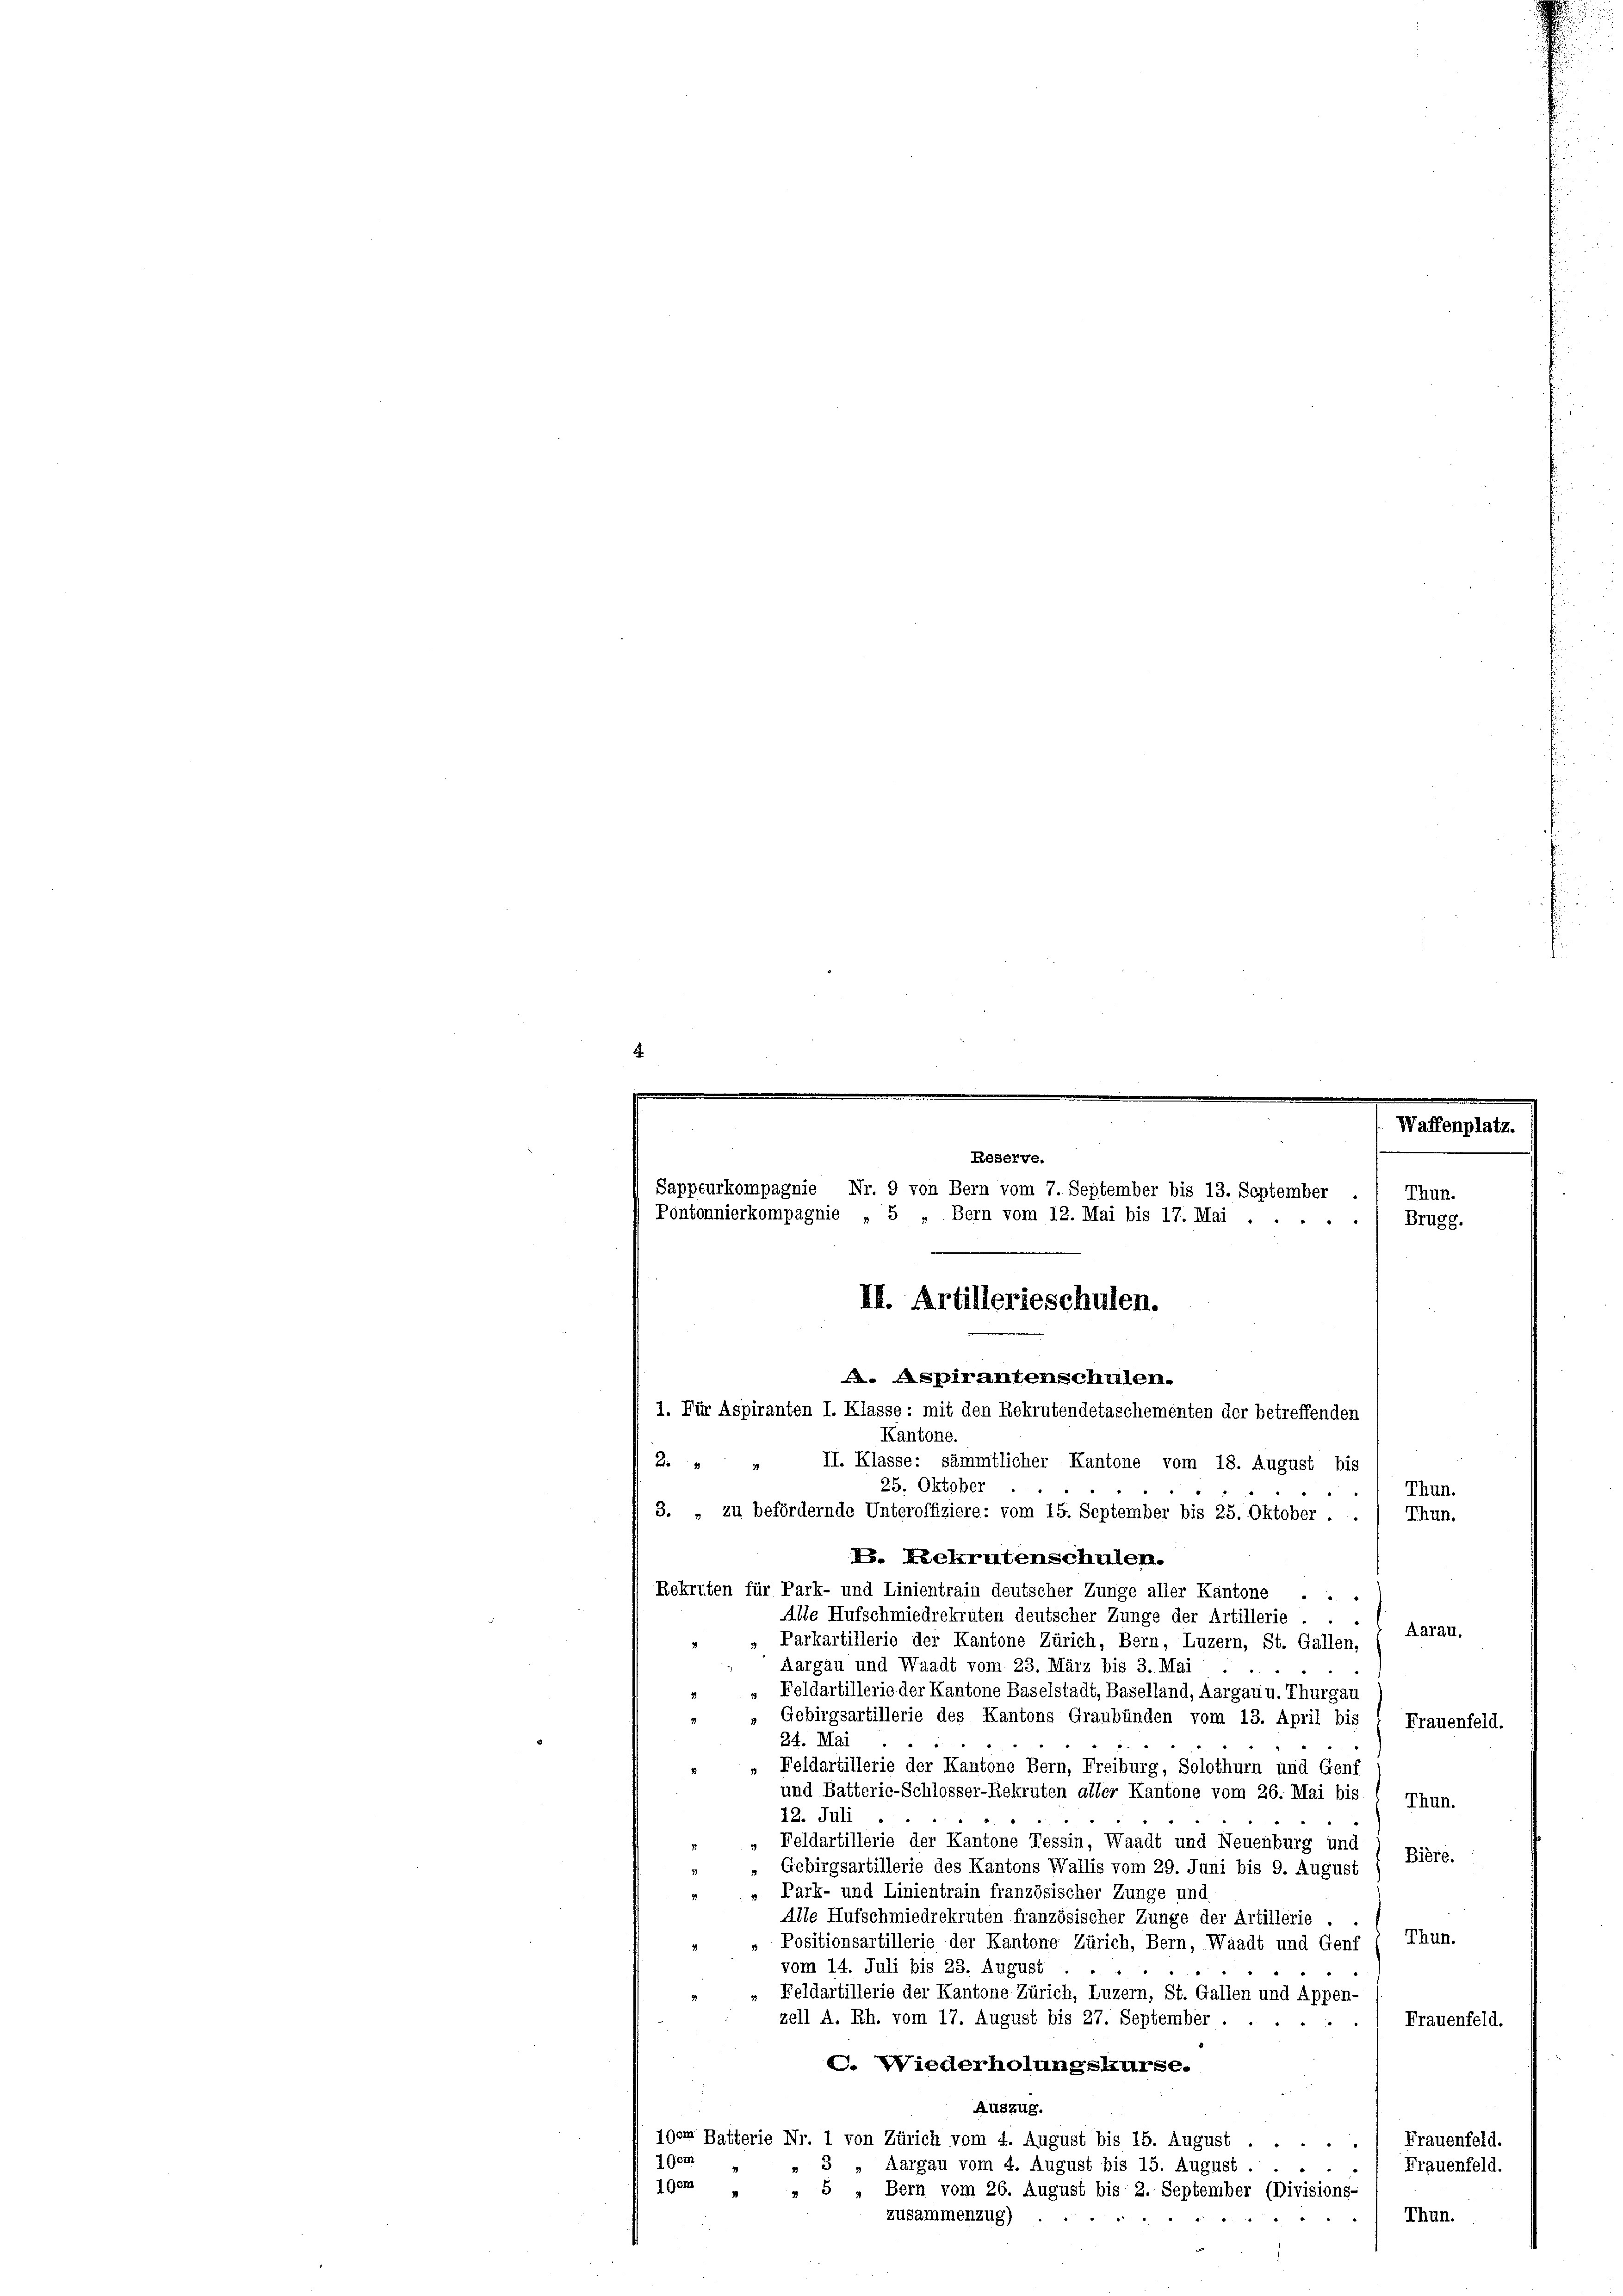
.

II. Klasse: sämmtlicher Kantone vom 18. August bis
2
25. Oktober
Thun.
3. „zu befördernde Unteroffiziere: vom 15. September bis 25. Oktober.
Thun.
V. Rekrutenschulen.
Rekruten für Park- und Linientrain deutscher Zunge aller Kantone . .
Alle Hufschmiedrekruten deutscher Zunge der Artillerie . .
Aarau.
Parkartillerie der Kantone Zürich, Bern, Luzern, St. Gallen,
Aargau und Waadt vom 23. März bis 3. Mai
Feldartillerie der Kantone Baselstadt, Baselland, Aargau u. Thurgau
Gebirgsartillerie des Kantons Graubünden vom 13. April bis
Frauenfeld.
24. Mai
t
.
Feldartillerie der Kantone Bern, Freiburg, Solothurn und Genf
und Batterie-Schlosser-Rekruten aller Kantone vom 26. Mai bis 1 Thun.
12. Juli
Feldartillerie der Kantone Tessin, Waadt und Neuenburg und
Bière.
Gebirgsartillerie des Kantons Wallis vom 29. Juni bis 9. August
Park- und Linientrain französischer Zunge und
Alle Hufschmiedrekruten französischer Zunge der Artillerie . .
Thun.
Positionsartillerie der Kantone Zürich, Bern, Waadt und Genf
vom 14. Juli bis 23. August
Feldartillerie der Kantone Zürich, Luzern, St. Gallen und Appen-
zell A. Rh. vom 17. August bis 27. September . .
) Frauenfeld.
C. Wiederholungskurse.
Auszug.
Frauenfeld.
igem Batterie Nr. 1 von Zürich vom 4. August bis 15. August .....
7 Gem
Aargau vom 4. August bis 15. August ....
Frauenfeld.
1Gem
Bern vom 26. August bis 2. September (Divisions-
5
Thun.
zusammenzug)
"
" "

Waffenplatz.
Reserve.
Sappeurkompagnie Nr. 9 von Bern vom 7. September bis 13. September ./ Thun.
Pontonnierkompagnie „ 5 „Bern vom 12. Mai bis 17. Mai . . . . . Brugg.
II. Artillerieschulen.
. Aspirantenschulen.
1. Für Aspiranten I. Klasse: mit den Rekrutendetaschementen der betreffenden
Kantone.

.